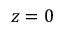
z = 0